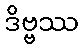
ဒိဗ္ဗဿ